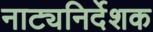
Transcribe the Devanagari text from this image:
नाट्यनिर्देशक